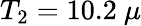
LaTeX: T_{2}=10.2~\mu